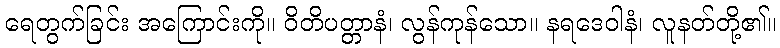
ရေတွက်ခြင်း အကြောင်းကို။ ဝိတိပတ္တာနံ၊ လွန်ကုန်သော။ နရဒေဝါနံ၊ လူနတ်တို့၏။